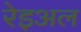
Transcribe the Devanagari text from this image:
रेइअल